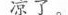
凉了。